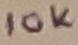
Text: 10K